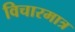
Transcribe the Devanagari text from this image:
विचारमात्र